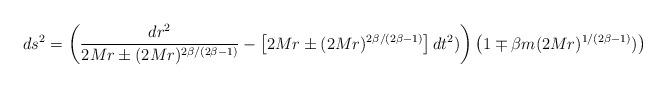
LaTeX: \begin{align*}ds^2 = \left( \frac{dr^2}{2Mr \pm (2Mr)^{2\beta/(2\beta-1)}} -\left[2Mr \pm (2Mr)^{2\beta/(2\beta-1)}\right] dt^2) \right)\left( 1 \mp \beta m (2Mr)^{1/(2\beta-1)}) \right) \end{align*}